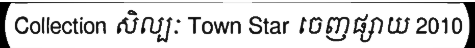
Collection សិល្បៈ Town Star ចេញផ្សាយ 2010